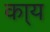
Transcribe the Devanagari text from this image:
का्य